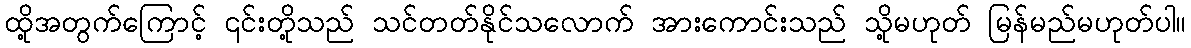
ထို့အတွက်ကြောင့် ၎င်းတို့သည် သင်တတ်နိုင်သလောက် အားကောင်းသည် သို့မဟုတ် မြန်မည်မဟုတ်ပါ။